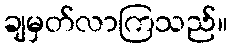
ချမှတ်လာကြသည်။